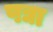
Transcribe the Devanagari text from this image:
पद्या